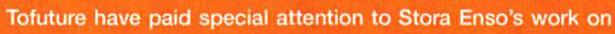
Tofuture have paid special attention to Stora Enso's work on